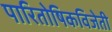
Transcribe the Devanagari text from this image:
पारितोषिकविजेती